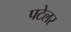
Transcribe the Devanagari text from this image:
पटेलर